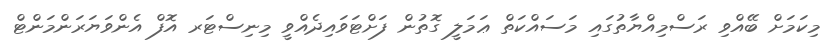
މިކަމަށް ބޭއްވި ރަސްމިއްޔާތުގައި މަސައްކަތް ޢަމަލީ ގޮތުން ފަށްޓަވައިދެއްވީ މިނިސްޓަރ އޮފް އެންވަޔަރަންމަންޓް